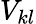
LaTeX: V_{kl}